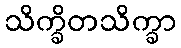
သိက္ခိတသိက္ခာ